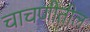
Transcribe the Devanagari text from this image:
चाचणीतील